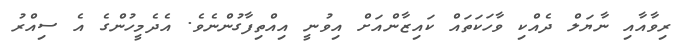
ރިވާއާއި ނާޔަލް ދެއްކި ވާހަކަތައް ކައިޒާންއަށް އިވުނީ އިއްތިފާގުންނެވެ. އެދެމީހުންގެ އެ ސިއްރު